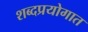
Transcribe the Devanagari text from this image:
शब्दप्रयोगात